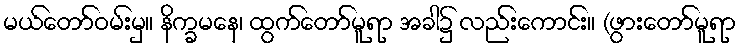
မယ်တော်ဝမ်းမှ။ နိက္ခမနေ၊ ထွက်တော်မူရာ အခါ၌ လည်းကောင်း။ (ဖွားတော်မူရာ